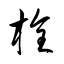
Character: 栓